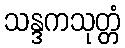
သန္ဒကသုတ္တံ